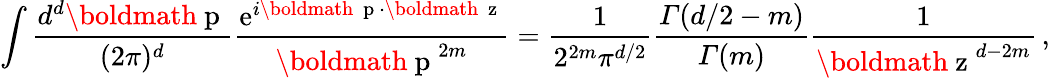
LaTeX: \int\frac{d^{d}\mathrm{\boldmath~p~}}{(2\pi)^{d}}\frac{\mathrm{e}^{i\mathrm{\boldmath~{\scriptstyle~p}~}\cdot\mathrm{\boldmath~{\scriptstyle~z}~}}}{\mathrm{\boldmath~p~}^{2m}}=\frac{1}{2^{2m}\pi^{d/2}}\frac{{\mit\Gamma}(d/2-m)}{{\mit\Gamma}(m)}\frac{1}{\mathrm{\boldmath~z~}^{d-2m}}\, ,